Reports on military cantonments and civil stations in the Presidency of Bombay inspected by the Sanitary Commissioner in the years 1875 and 1876
Year: 1875
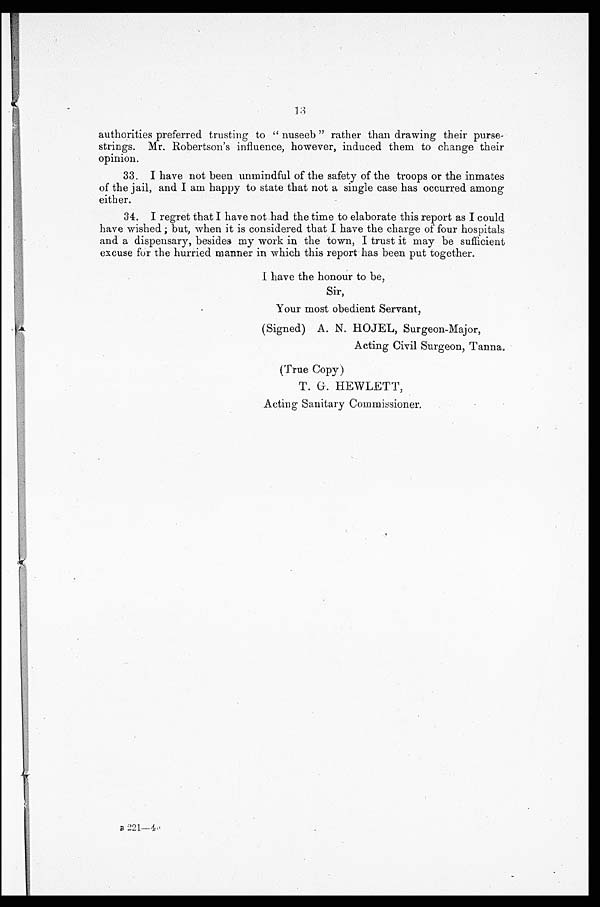
authorities preferred trusting to "nuseeb" rather than drawing their purse-
strings. Mr. Robertson's influence, however, induced them to change their
opinion.
33. I have not been unmindful of the safety of the troops or the inmates
of the jail, and I am happy to state that not a single case has occurred among
either.
34. I regret that I have not had the time to elaborate this report as I could
have wished; but, when it is considered that I have the charge of four hospitals
and a dispensary, besides my work in the town, I trust it may be sufficient
excuse for the hurried manner in which this report has been put together.
I have the honour to be,
Sir,
Your most obedient Servant,
(Signed) A. N, HOJEL, Surgeon-Major,
Acting Civil Surgeon, Tanna.
(True Copy)
T. G. HEWLETT,
Acting Sanitary Commissioner.